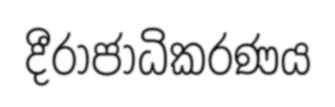
දීරාජාධිකරණය